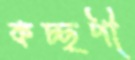
কচ্ছপী